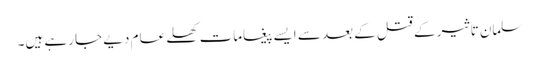
سلمان تاثیر کے قتل کے بعد سے ایسے پیغامات کھلے عام دیے جا رہے ہیں۔